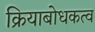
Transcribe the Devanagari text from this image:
क्रियाबोधकत्व